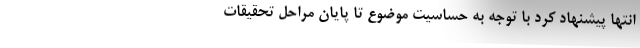
انتها پیشنهاد کرد با توجه به حساسیت موضوع تا پایان مراحل تحقیقات